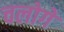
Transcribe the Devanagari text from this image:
चलोगे